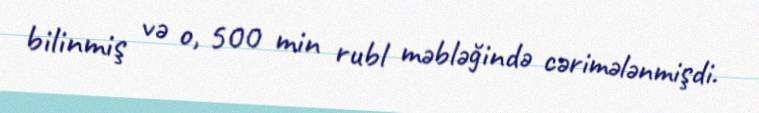
bilinmiş və o, 500 min rubl məbləğində cərimələnmişdi.